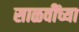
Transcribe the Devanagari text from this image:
साळवींच्या